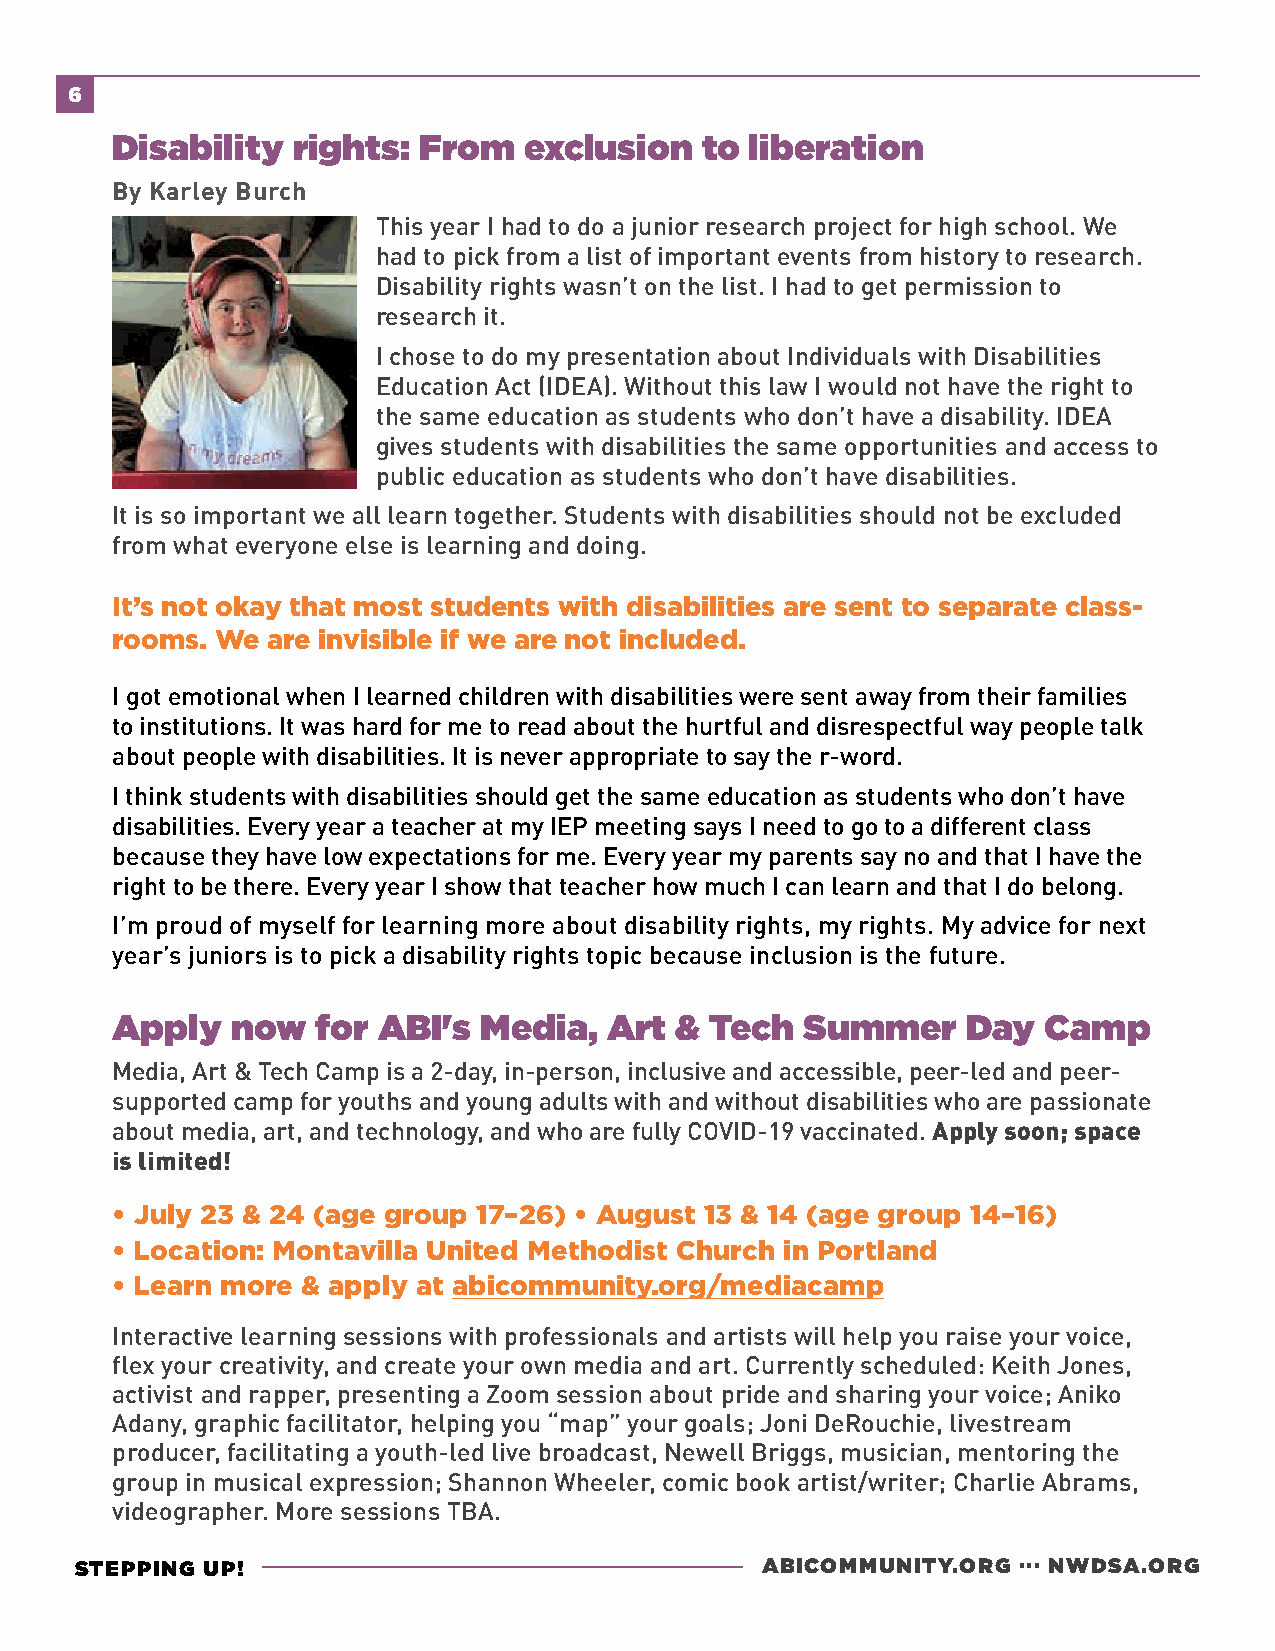
6
 Disability  rights:  From   exclusion  to  liberation
 By Karley Burch
 This year I had to do a junior research project for high school. We
 had to pick from a list of important events from history to research.
 Disability rights wasn’t on the list. I had to get permission to
 research it.
 I chose to do my presentation about Individuals with Disabilities
 Education Act (IDEA). Without this law I would not have the right to
 the same education as students who don’t have a disability. IDEA
 gives students with disabilities the same opportunities and access to
 public education as students who don’t have disabilities.
 It is so important we all learn together. Students with disabilities should not be excluded
 from what everyone else is learning and doing.
 It’s not okay that most students with disabilities are sent to separate class-
 rooms. We  are invisible if we are not included.
 I got emotional when I learned children with disabilities were sent away from their families
 to institutions. It was hard for me to read about the hurtful and disrespectful way people talk
 about people with disabilities. It is never appropriate to say the r-word.
 I think students with disabilities should get the same education as students who don’t have
 disabilities. Every year a teacher at my IEP meeting says I need to go to a different class
 because they have low expectations for me. Every year my parents say no and that I have the
 right to be there. Every year I show that teacher how much I can learn and that I do belong.
 I’m proud of myself for learning more about disability rights, my rights. My advice for next
 year’s juniors is to pick a disability rights topic because inclusion is the future.
 Apply   now   for ABI's  Media,  Art  & Tech  Summer     Day  Camp
 Media, Art & Tech Camp is a 2-day, in-person, inclusive and accessible, peer-led and peer-
 supported camp for youths and young adults with and without disabilities who are passionate
 about media, art, and technology, and who are fully COVID-19 vaccinated. Apply soon; space
 is limited!
 • July 23 & 24 (age group 17–26) • August 13 & 14 (age group 14–16)
 • Location: Montavilla United Methodist Church in Portland
 • Learn more & apply at abicommunity.org/mediacamp
 Interactive learning sessions with professionals and artists will help you raise your voice,
 flex your creativity, and create your own media and art. Currently scheduled: Keith Jones,
 activist and rapper, presenting a Zoom session about pride and sharing your voice; Aniko
 Adany, graphic facilitator, helping you “map” your goals; Joni DeRouchie, livestream
 producer, facilitating a youth-led live broadcast, Newell Briggs, musician, mentoring the
 group in musical expression; Shannon Wheeler, comic book artist/writer; Charlie Abrams,
 videographer. More sessions TBA.
 STEPPING UP!                                 ABICOMMUNITY.ORG ... NWDSA.ORG